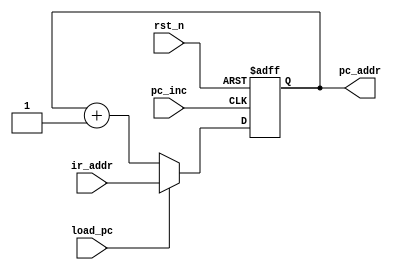
`timescale 1ns / 1ps

module program_counter(
	input rst_n,
	input load_pc,
	input pc_inc,
	input [12:0] ir_addr,
	output reg [12:0] pc_addr
);

	always@(posedge pc_inc or negedge rst_n) begin
		if(!rst_n) pc_addr <= 13'd0;
		else begin
			if(load_pc) pc_addr <= ir_addr;
			else pc_addr <= pc_addr + 1'b1;
		end
	end

endmodule